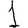
Digit: 1